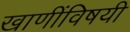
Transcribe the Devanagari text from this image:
खाणींविषयी